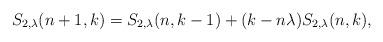
LaTeX: \begin{align*}S_{2,\lambda}(n+1,k)=S_{2,\lambda}(n,k-1)+(k-n\lambda)S_{2,\lambda}(n,k),\end{align*}